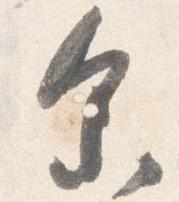
余